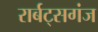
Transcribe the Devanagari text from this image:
रार्बट्सगंज